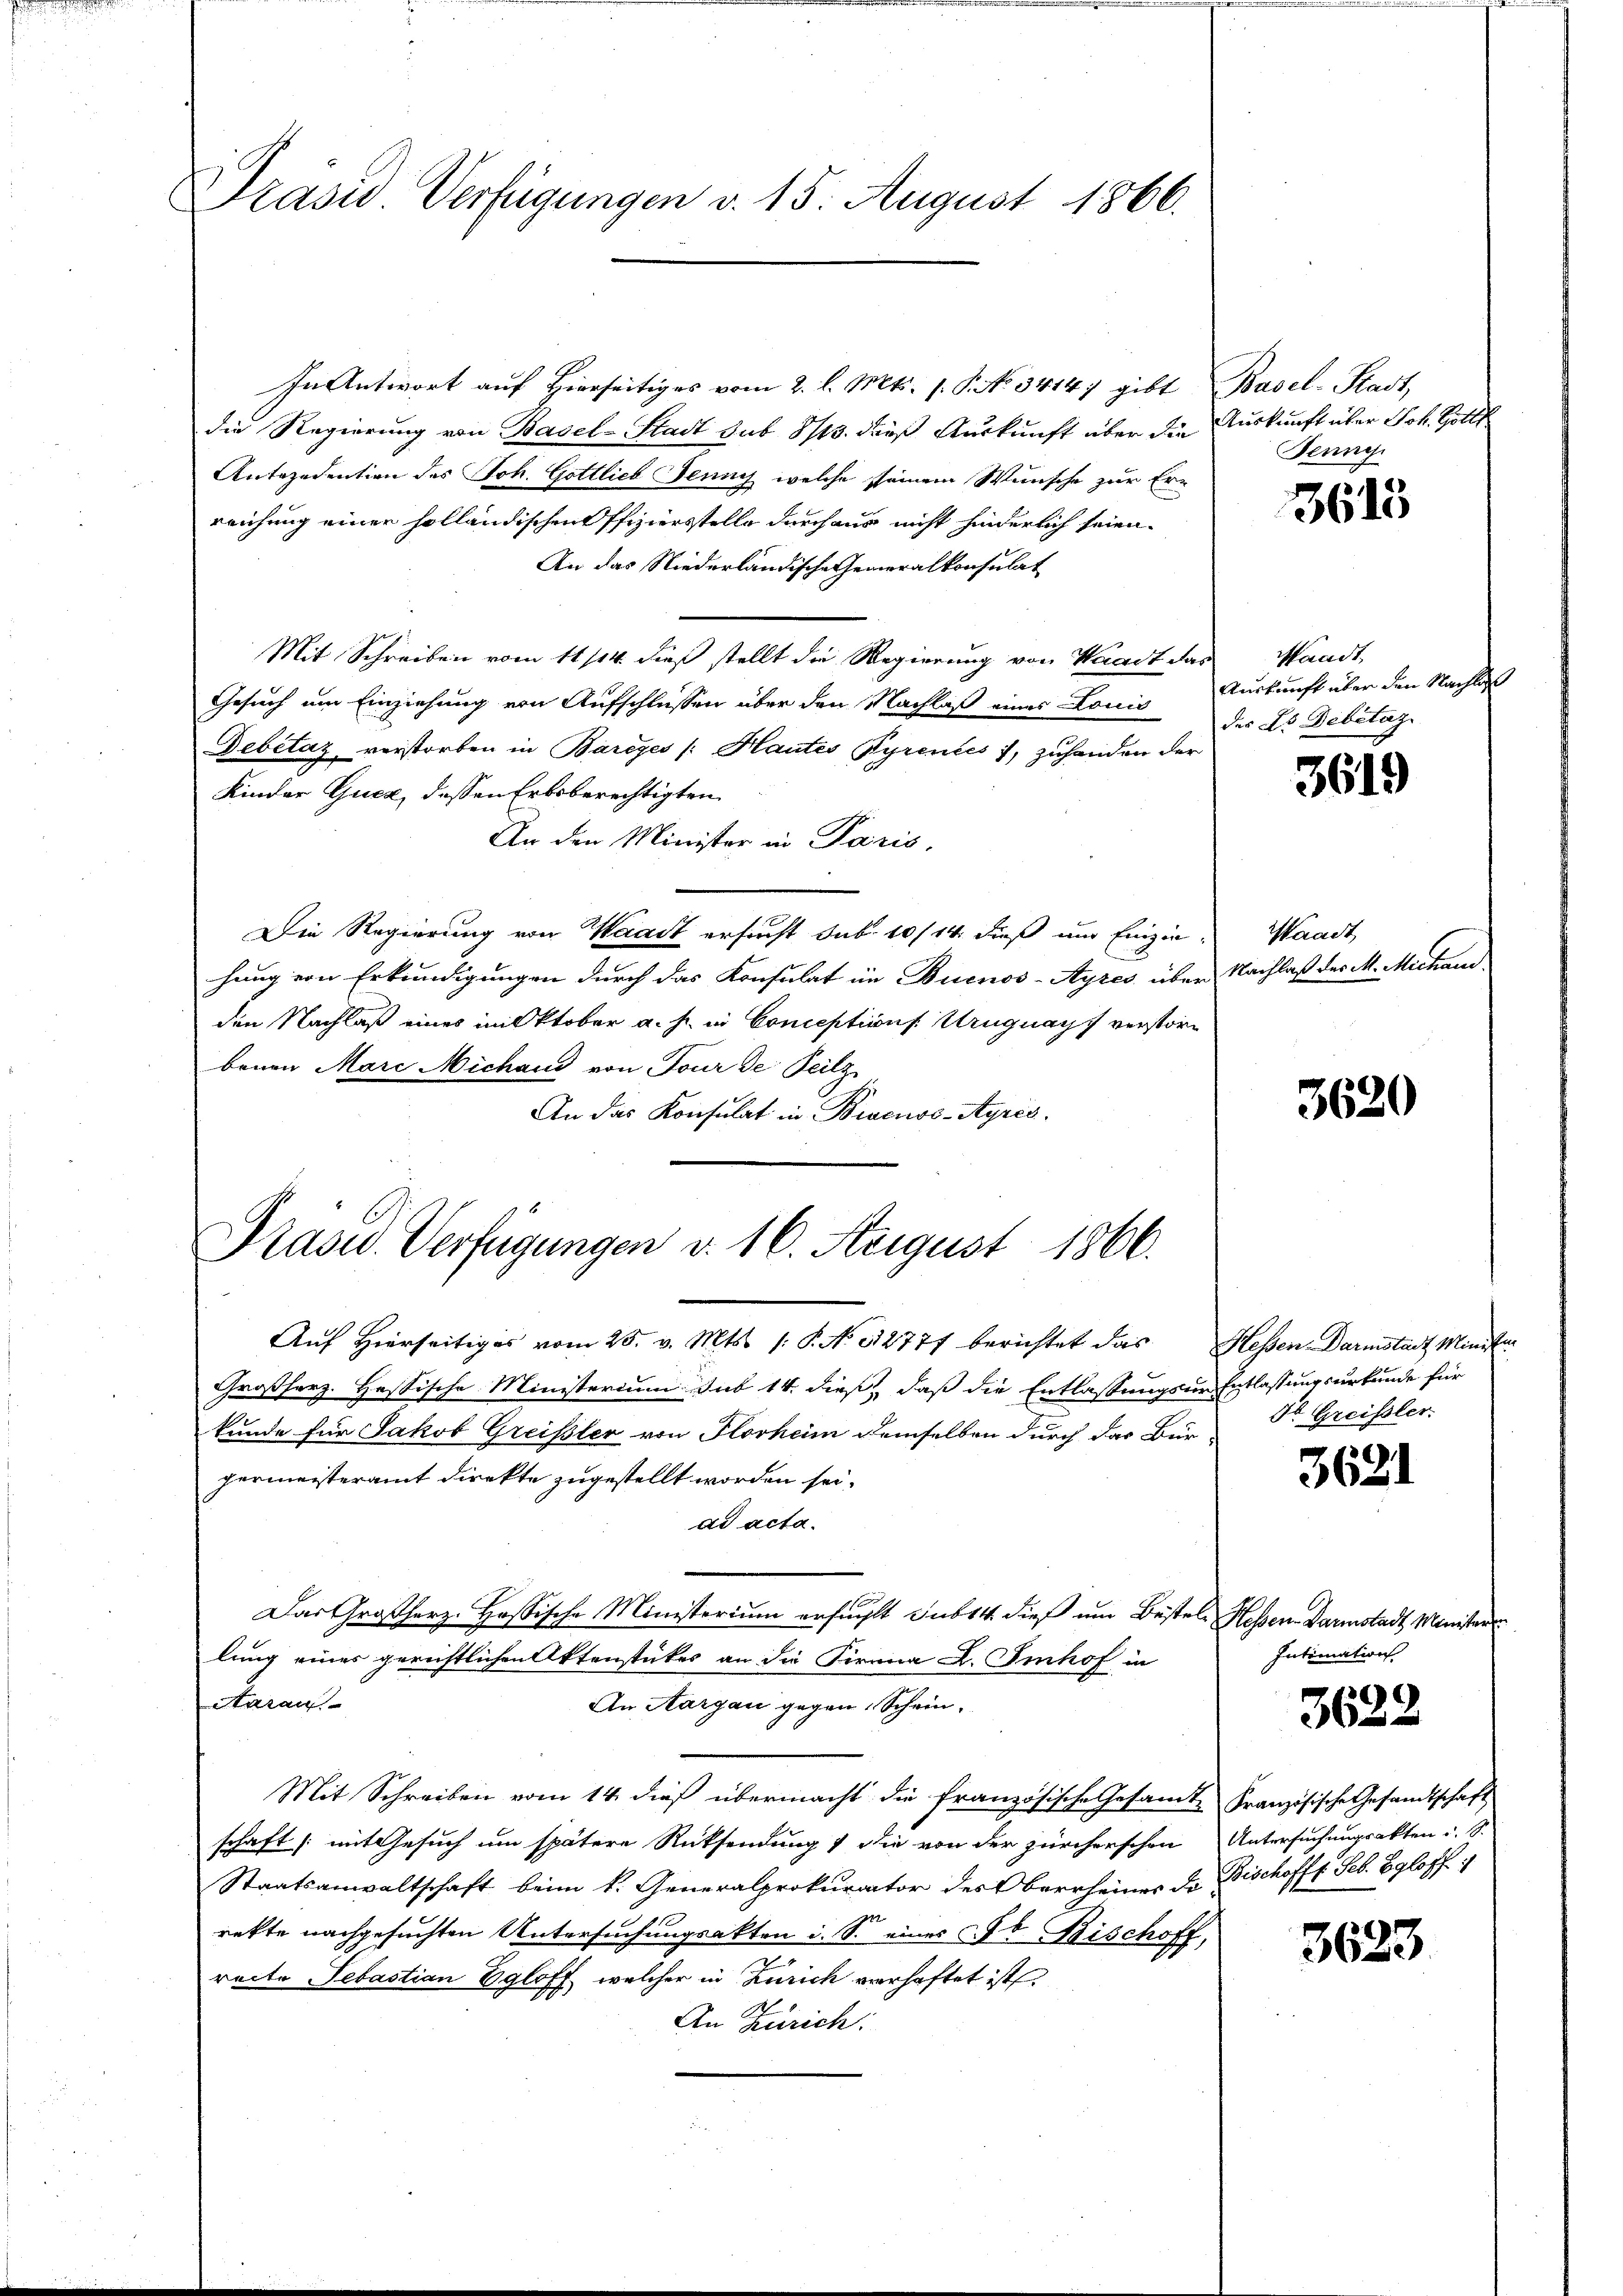
Präsid Verfügungen v. 15. August 1866.

In Antwort auf Hierseitiges vom 2. l. Mts. s. S. No. 3414, gibt
die Regierung von Basel-Stadt sub 8/13. dieß Auskunft über die
Antezedention des Joh. Gottlieb Jenny welche seinem Wunsche zur Er-
reichung einen holländischen Offiziersstelle durchaus nicht hinderlich seien.
An das Niederländische Generalkonsulat
Mit Schreiben vom 11/14. dieß stellt die Regierung von Waadt da
Gesuch um Einziehung von Aufschlüssen über den Nachlaß eines Louis
Debitaz verstorben in Bareyes /: Hautes Pyrentes , zuhanden der
Kinder Gucz, dessen Erbsberechtigten
An den Minister in Paris,
Die Regierung von Waadt ersucht sub 10/14. dieß und Einzie
hung von Erkundigungen durch das Konsulat im Buenos-Ayres über
den Nachlaß eines milktober a.h. in Conceptions Uruguays verstöre
benen Marc Michand von Tour de Teilz
An das Konsulat in Bracuos-Ayres
Präsid. Verfügungen v. 16. August 1866.
Auf Hierseitiges vom 25. v. Mts. 1. P. N. 12777 berichtet das
Großherz. Hessische Ministerium sub 14. dieß, daß die Entlassungsum Entlassungsurkunde für
kunde für Jakob Greifsler von Florheim demselben durch das Bürgermeisteramt direkte zugestellt worden sei.
ad acta.
Das Großherz. Hassische Ministerium erfühlt sub 14. dieß um Bestel Hessen-Darmstadt, Minister
lung eines gerichtlichen Aktenstückes an die Firnna A. Imhof in
Aarau
An Aargau gegen Schein¬
Mit Schreiben vom 14. dieß übermacht die französische Gesamte Französische Gesandtschaft
schaft (mit Gesuch um spätere Rücksendung & die von der zürcherschon
Staatsanwaltschaft beim k. Generalprokurator des Oberrheines de
rette nachgesuchten Untersuchungsakten i. S. eines Jb. Bischoff
2.
reite Sebastian Egloff welcher in Zürich verhaftet ist
An Zürich:

Basel-Stadt,
Auskunft über Joh. Gottl
Fenne

3615

wandt
Auskunft über den Nachlas
des L. Debitazi

3619

Waadt,
u. Nachlaß des M. Michau

3620

Hessen-Darmstadt Minister
Sl. Greissler.

3621

Intimation

136
3652

Untersuchungsakten u. S.
 Bischofft. Feb. Egloff

3633